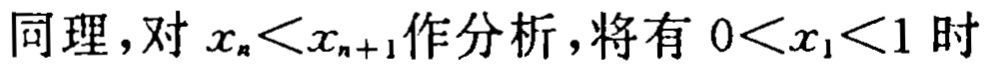
同理，对 \(x_{n}<x_{n + 1}\) 作分析，将有 \(0<x_{1}<1\) 时